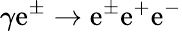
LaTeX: \gamma\mathrm{e}^{\pm}\rightarrow\mathrm{e}^{\pm}\mathrm{e}^{+}\mathrm{e}^{-}